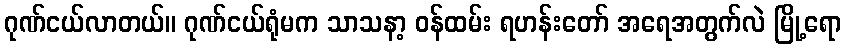
ဂုဏ်ငယ်လာတယ်။ ဂုဏ်ငယ်ရုံမက သာသနာ့ ဝန်ထမ်း ရဟန်းတော် အရေအတွက်လဲ မြို့ရော